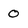
Character: 0